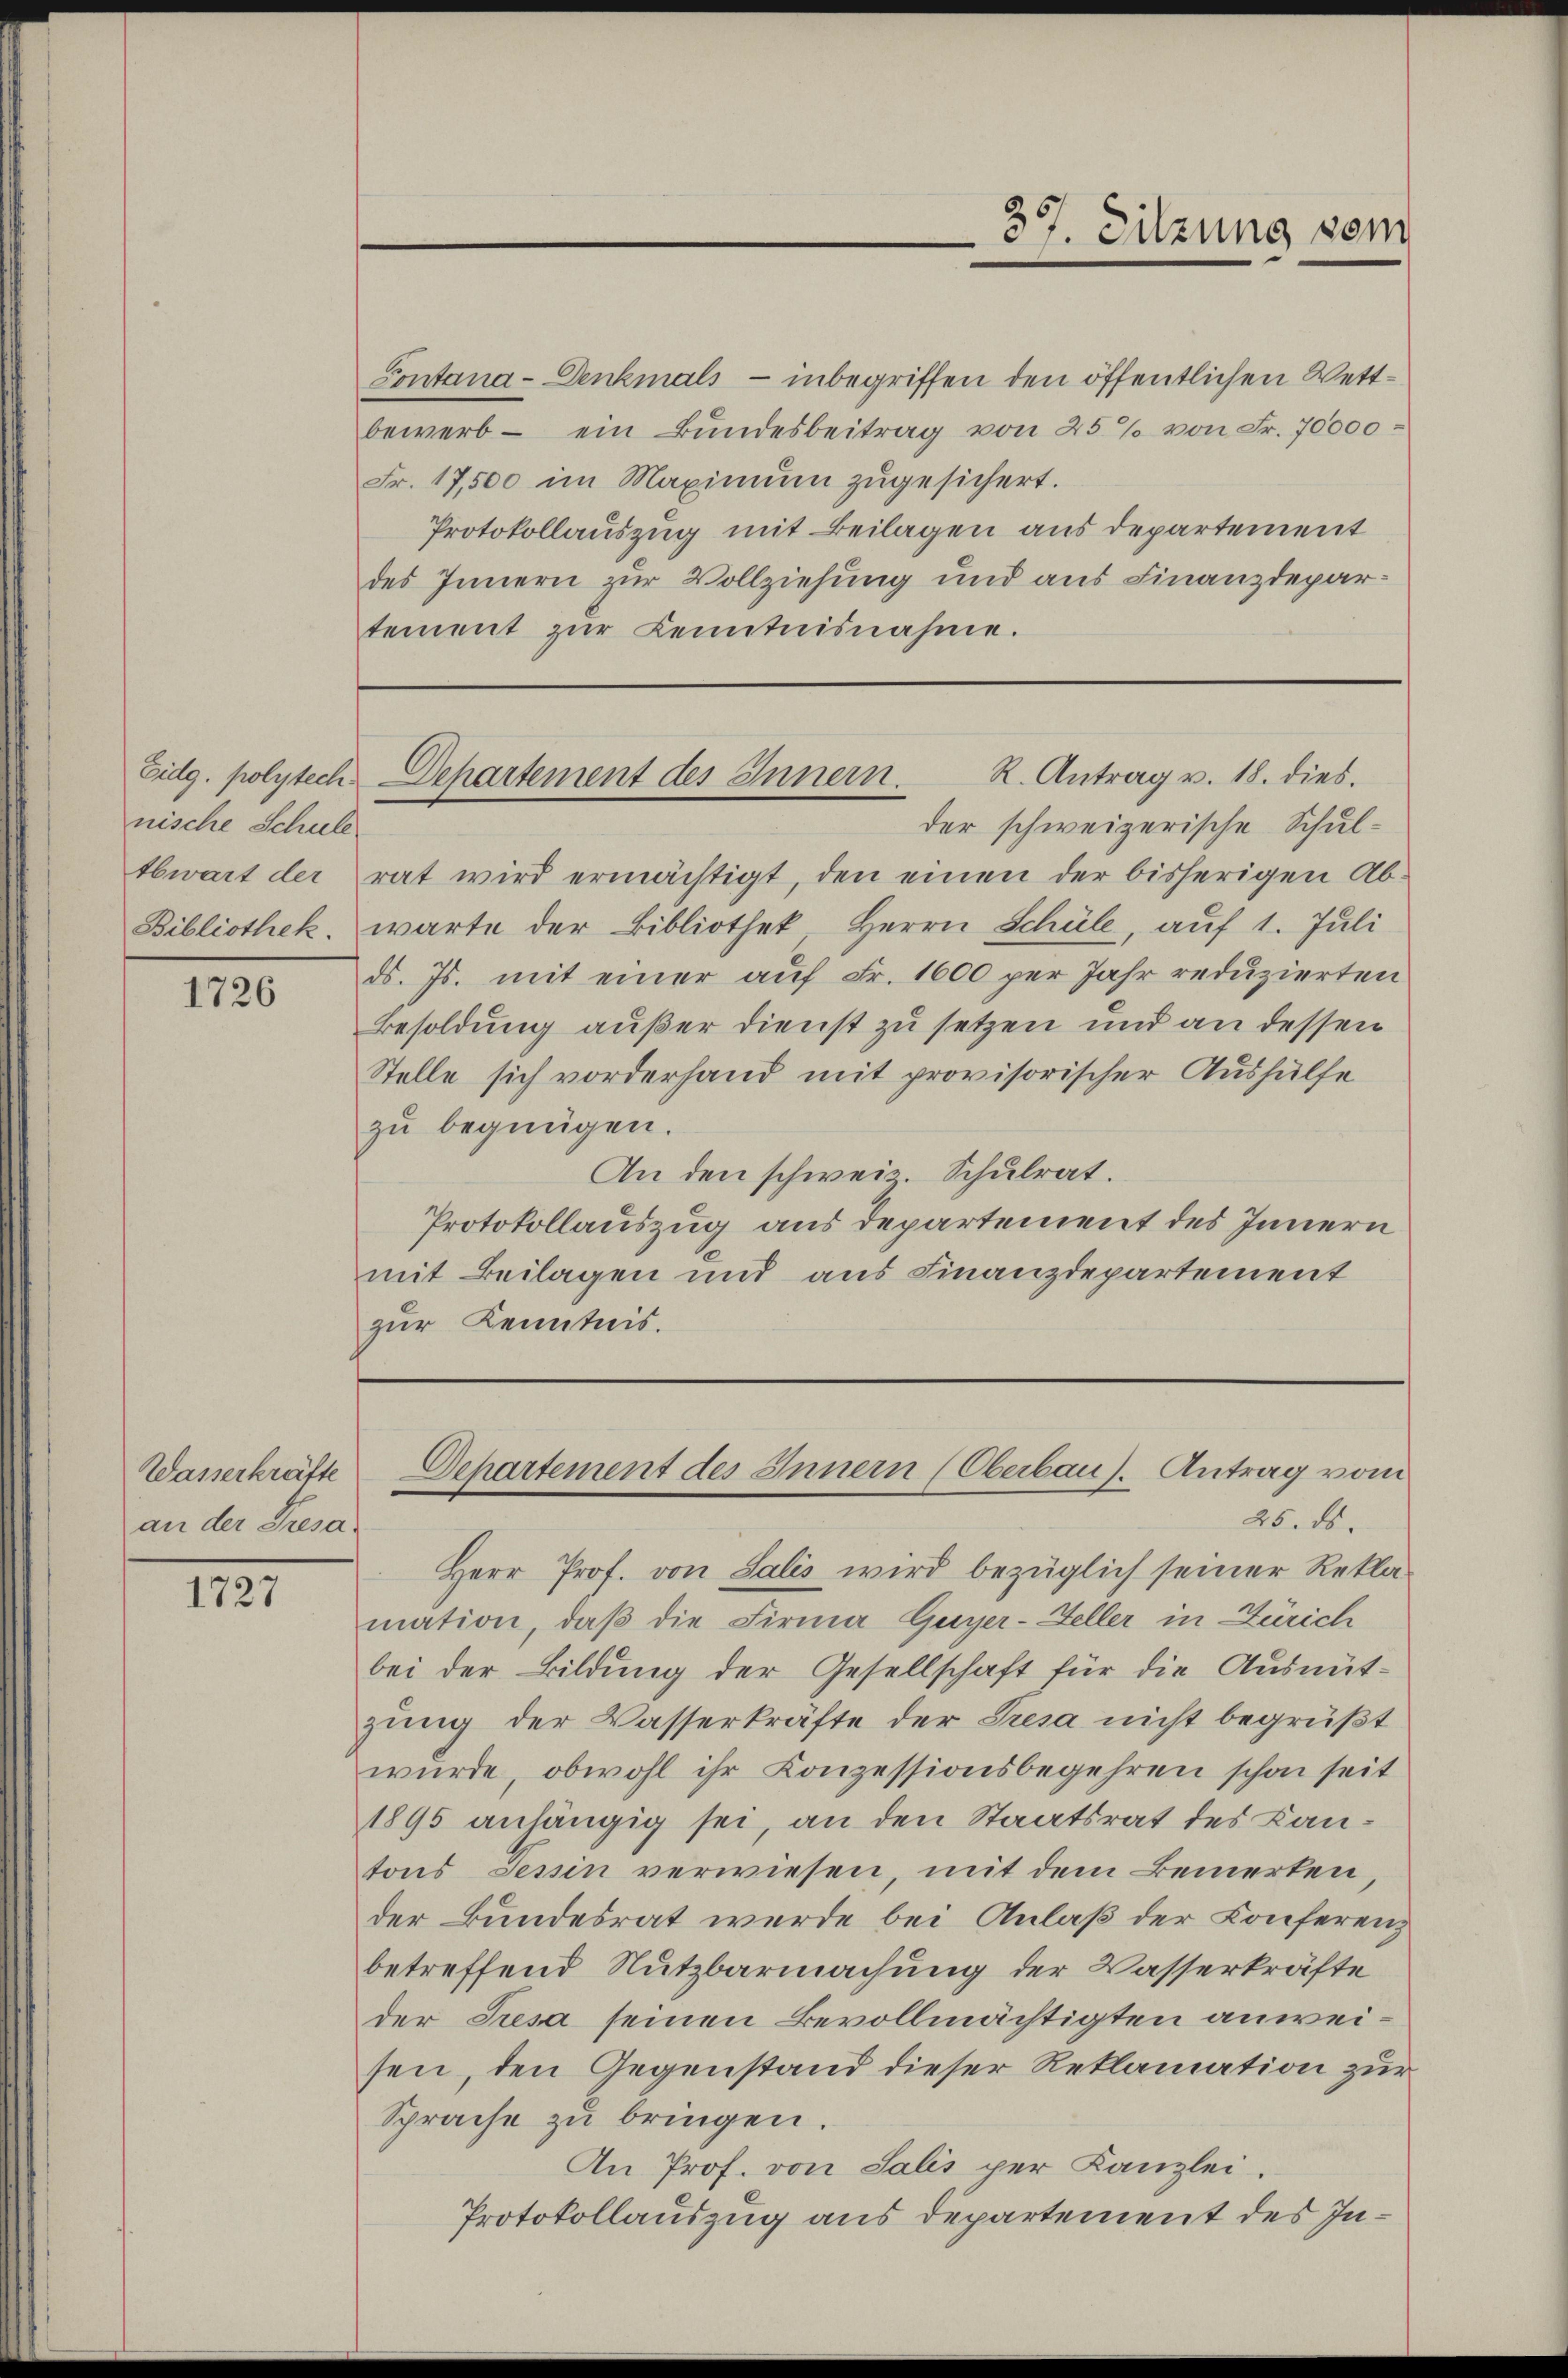
nische Schule
Abwart der
Bibliothek.

1726

Wasserkräfte
an der Presa

1727

Contana-Denkmals - inbegriffen den öffentlichen Wettbewerb - ein Bundesbeitrag von 25% von Fr. 70000-
Fr. 17,500 im Maximum zugesichert.
Protokollauszug mit Beilagen aus departement
des Innern zur Vollziehung und aus Finanzdepartement zŭr Kenntnisnahme.

der schweizerische Schul-
rat wird ermächtigt, den einen der bisherigen Abwarte der Bibliothek, Herrn Schüle, aŭf 1. Jŭli
ds. Js. mit einer auf Fr. 1600 per Jahr reduzierten
Besoldung außer dienst zu setzen und an dessen
Stelle sich vorderhand mit provisorischer Aushülfe
zu begnügen.
An den schweiz. Schulrat.
Protokollauszug aus departement des Innern
mit Beilagen und aus Finanzdepartement
zur Kenntnis.

357. Sitzung vom

R. Antrag v. 18. dies.
Eidg. polytech Departement des Innern.

Departement des Innern (Oberbaus. Antrag vom
25. ds.

Herr Prof. von Salis wird bezüglich seiner Rekla-
mation, daß die Firma Guyer-Heller in Zürich
bei der Bildung der Gesellschaft für die Ausmitgung der Wasserkräfte der Tresa nicht begrüßt
wurde, obwohl ihr Konzessionsbegehren schon seit
1895 anhängig sei, an den Staatsrat des Kantons Tessin verwiesen mit dem Bemerken
der Bundesrat werde bei Anlaß der Conferenz
betreffend Nutzbarmachung der Wasserkräfte
der Tresa seinen Bevollmächtigten anweisen, den Gegenstand dieser Reklamation zur
Sprache zu bringen
An Prof. von Salis per Kanzlei.
Protokollauszug aus departement des In¬